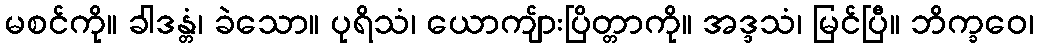
မစင်ကို။ ခါဒန္တံ၊ ခဲသော။ ပုရိသံ၊ ယောကျ်ားပြိတ္တာကို။ အဒ္ဒသံ၊ မြင်ပြီ။ ဘိက္ခဝေ၊